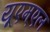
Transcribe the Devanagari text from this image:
यूएम्एल